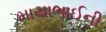
માયાભાઈની